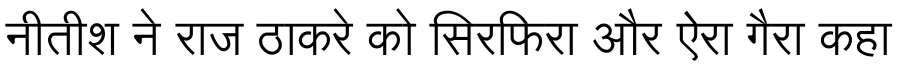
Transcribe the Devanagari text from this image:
नीतीश ने राज ठाकरे को सिरफिरा और ऐरा गैरा कहा